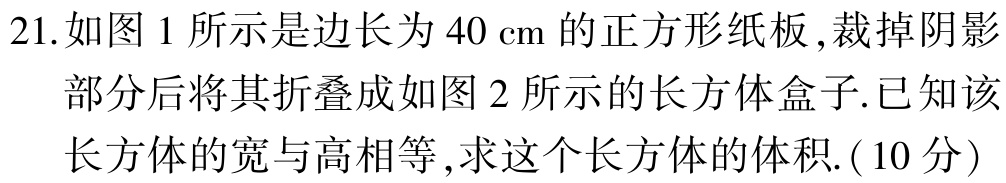
21.如图1所示是边长为\(40\mathrm{cm}\)的正方形纸板,裁掉阴影部分后将其折叠成如图2所示的长方体盒子.已知该长方体的宽与高相等,求这个长方体的体积.(10分)